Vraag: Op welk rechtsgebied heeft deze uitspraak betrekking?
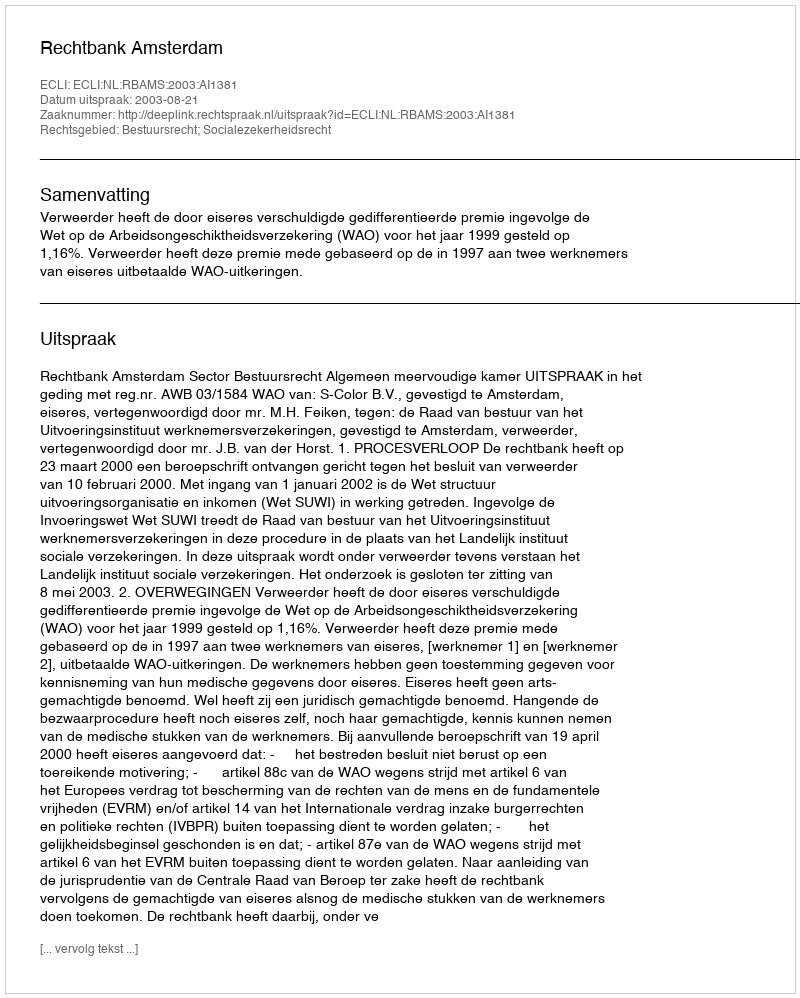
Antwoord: Bestuursrecht; Socialezekerheidsrecht